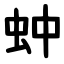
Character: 蚛